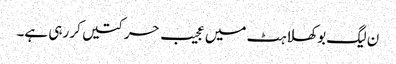
ن لیگ بوکھلاہٹ میں عجیب حرکتیں کر رہی ہے۔